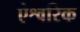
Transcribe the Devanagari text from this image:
ऐश्वरिक